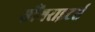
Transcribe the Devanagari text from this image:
सौंगराइटर्स